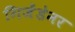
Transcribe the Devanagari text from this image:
गिजेंडेनर